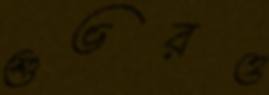
শুভরও